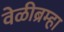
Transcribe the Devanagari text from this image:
वेळीब्रम्हा